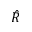
\hat { R }